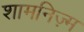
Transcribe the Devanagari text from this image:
शामनिज़्म